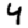
Digit: 4